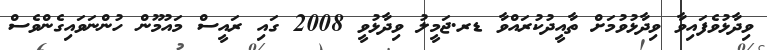
ވިދާޅުވެފައިވާ ވިދާޅުވުމަށް ތާއީދުކުރައްވާ ޑރ.ޖަމީލު ވިދާޅުވީ 2008 ގައި ރައީސް މައުމޫން ހުންނަވައިގެންވެސް